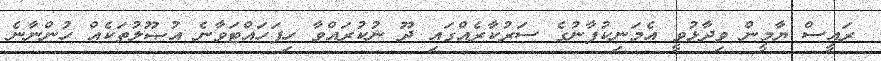
ރައީސް ޔާމީން ވިދާޅުވީ އެމަނިކުފާނުގެ ސަރުކާރެއްގައި ދޫ ނުކުރައްވާ ހިފަހައްޓަވާނެ އުޞޫލުތަކެއް ހުންނާނެ